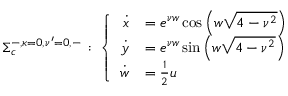
\begin{array} { r } { \Sigma _ { c } ^ { - , { \kappa = } 0 , { \nu ^ { \prime } = 0 } , - } \, : \, \left\{ \begin{array} { r l } { \dot { x } } & { = e ^ { \nu w } \cos \left( { w \sqrt { 4 - \nu ^ { 2 } } } \right) } \\ { \dot { y } } & { = e ^ { \nu w } \sin \left( { w \sqrt { 4 - \nu ^ { 2 } } } \right) } \\ { \dot { w } } & { = \frac { 1 } { 2 } u } \end{array} \right. } \end{array}